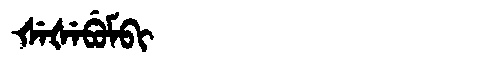
Manchu: ᡧᡝᡧᡝᠪᡠᠮᠪᡳ
Romanization: ŠEŠEBUMBI